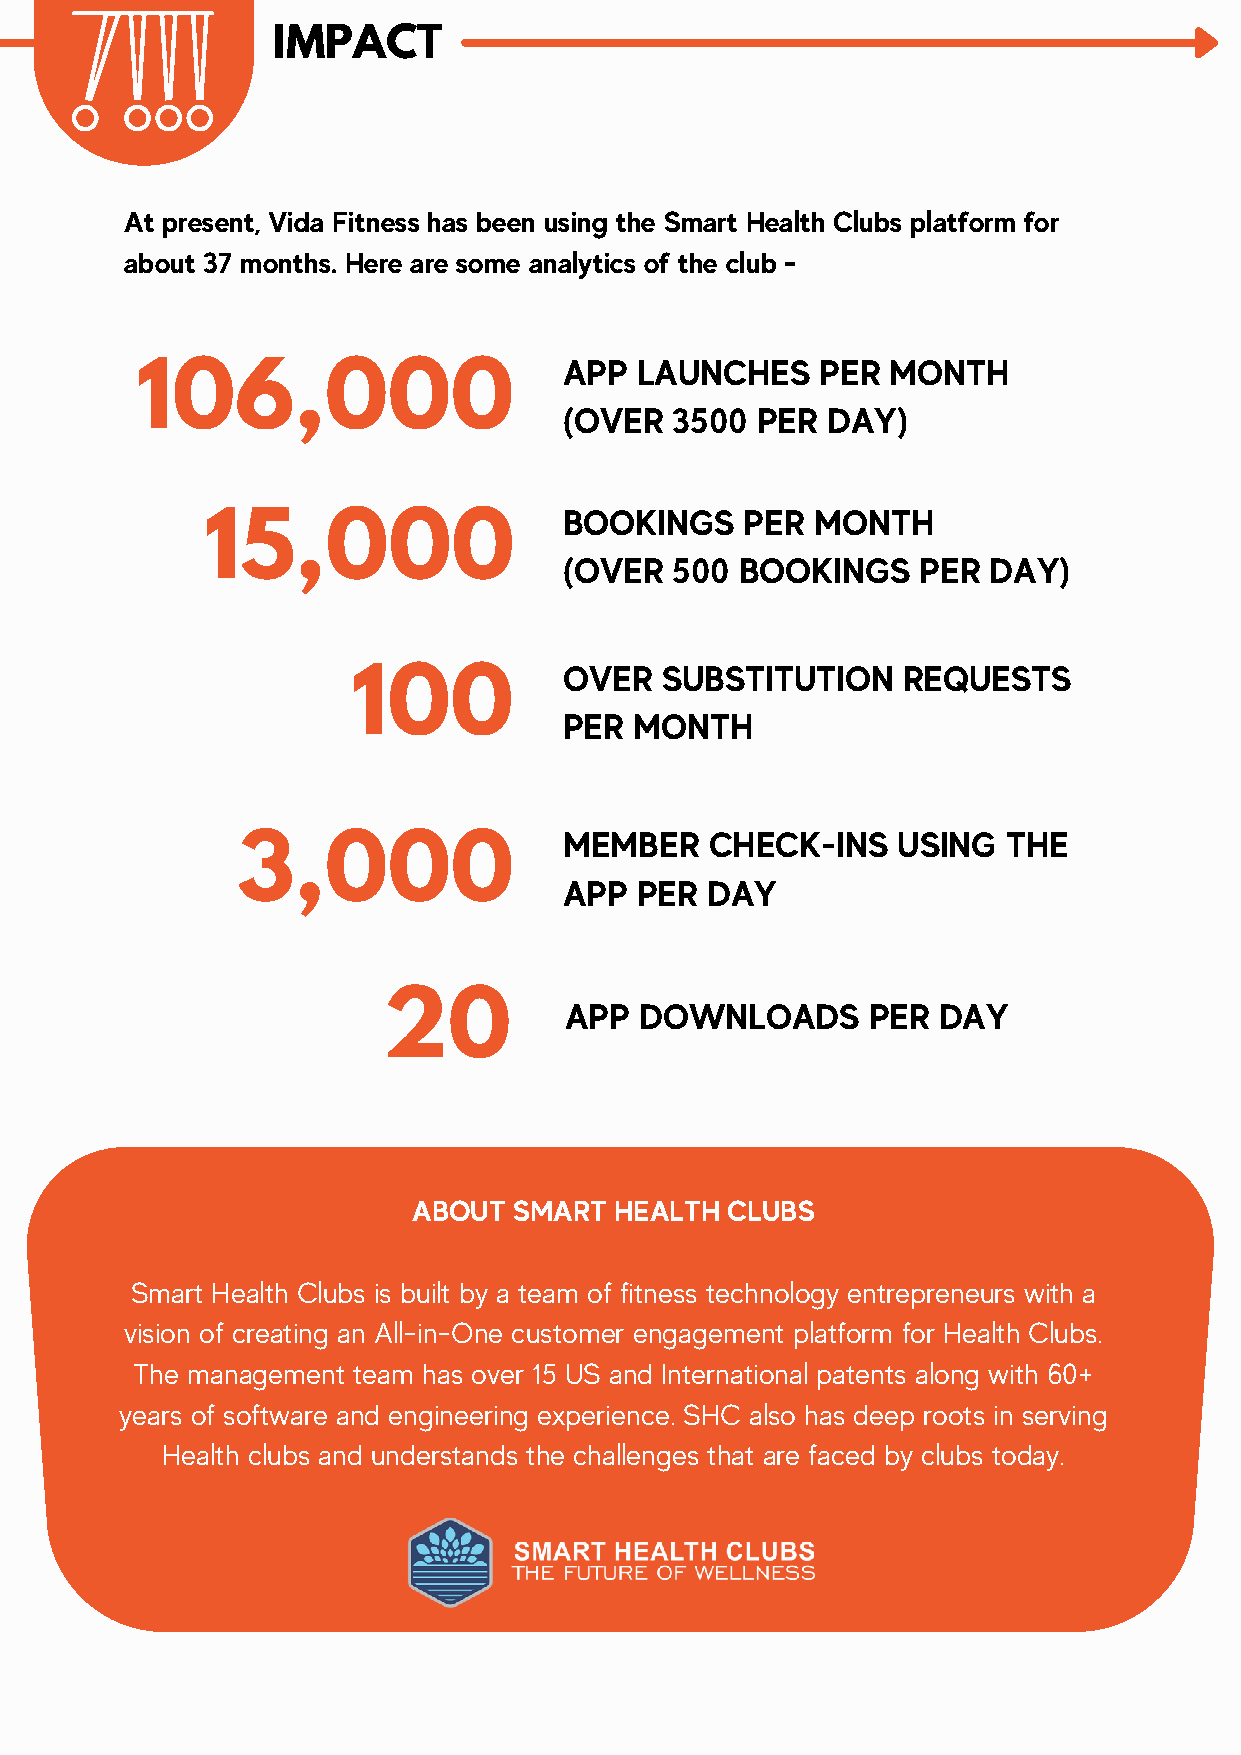
IMPACT
 At present, Vida Fitness has been using the Smart Health Clubs platform for
 about 37 months. Here are some analytics of the club -
 APP  LAUNCHES    PER  MONTH
 106,000
 (OVER   3500 PER  DAY)
 BOOKINGS    PER  MONTH
 15,000
 (OVER   500 BOOKINGS    PER DAY)
 OVER   SUBSTITUTION    REQUESTS
 100
 PER  MONTH
 MEMBER    CHECK-INS   USING   THE
 3,000
 APP  PER  DAY
 20          APP  DOWNLOADS      PER  DAY
 ABOUT  SMART  HEALTH CLUBS
 Smart Health Clubs is built by a team of fitness technology entrepreneurs with a
 vision of creating an All-in-One customer engagement platform for Health Clubs.
 The management team has over 15 US and International patents along with 60+
 years of software and engineering experience. SHC also has deep roots in serving
 Health clubs and understands the challenges that are faced by clubs today.